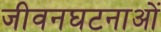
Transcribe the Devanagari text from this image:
जीवनघटनाओं